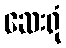
ဆေးရုံ